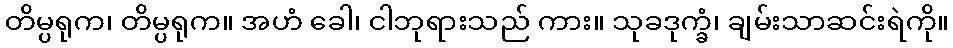
တိမ္ပရုက၊ တိမ္ပရုက။ အဟံ ခေါ၊ ငါဘုရားသည် ကား။ သုခဒုက္ခံ၊ ချမ်းသာဆင်းရဲကို။